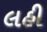
લહી